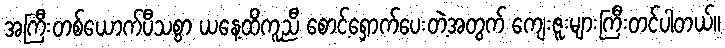
အကြီးတစ်ယောက်ပီသစွာ ယနေ့ထိကူညီ စောင့်ရှောက်ပေးတဲ့အတွက် ကျေးဇူးများကြီးတင်ပါတယ်။